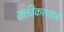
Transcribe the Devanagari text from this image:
तक्तीकरणाने